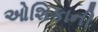
ઓશિકાની